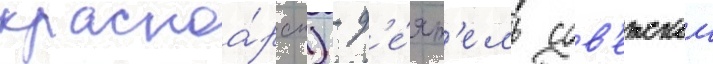
красноа́рск) - д'е́ят'ель сов'етскои